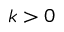
k > 0